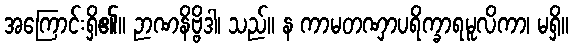
အကြောင်းရှိ၏။ ဉာဏနိဗ္ဗိဒါ၊ သည်။ န ကာမတဏှာပရိက္ခာရမူလိကာ၊ မရှိ။